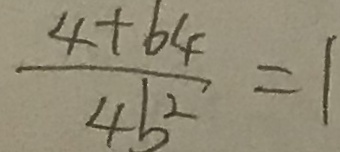
\frac { 4 + 6 4 } { 4 b ^ { 2 } } = 1